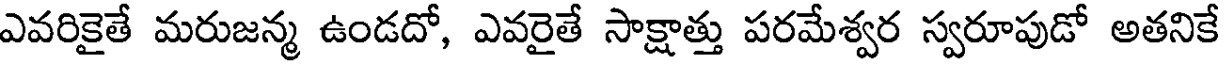
ఎవరికైతే మరుజన్మ ఉండదో, ఎవరైతే సాక్షాత్తు పరమేశ్వర స్వరూపుడో అతనికే